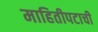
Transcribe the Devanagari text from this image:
माहितीपटाची